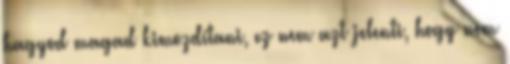
hagyod magad kimozdítani, ez nem azt jelenti, hogy nem